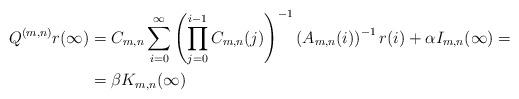
LaTeX: \begin{align*}\begin{aligned}Q^{(m,n)}r(\infty) &= C_{m,n}\sum_{i=0}^\infty \left(\prod_{j=0}^{i-1} C_{m,n}(j)\right)^{-1}\left(A_{m,n}(i)\right)^{-1}r(i) + \alpha I_{m,n}(\infty)=\\ &= \beta K_{m,n}(\infty)\end{aligned}\end{align*}